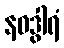
နဝဒွါရံ